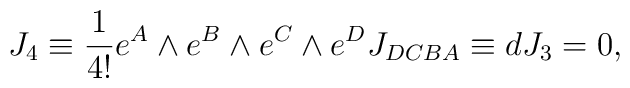
J_4 \equiv {1 \over 4!} e^A \wedge e^B \wedge e^C \wedge e^D  J_{DCBA}\equiv dJ_3= 0 , \qquad